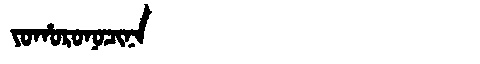
Manchu: ᠶᠣᡥᠣᡵᠣᠨᠣᠴᡳᠨᠠ
Romanization: YOHORONOCINA